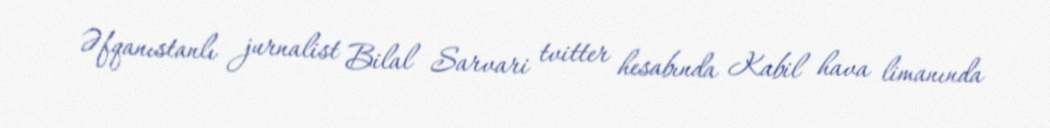
Əfqanıstanlı jurnalist Bilal Sarvari tvitter hesabında Kabil hava limanında